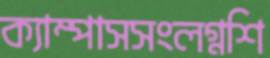
ক্যাম্পাসসংলগ্নশি